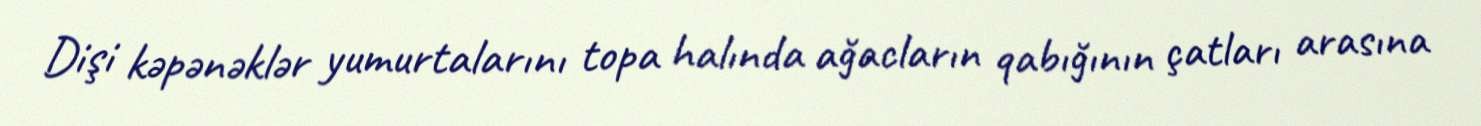
Dişi kəpənəklər yumurtalarını topa halında ağacların qabığının çatları arasına